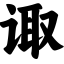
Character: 诹